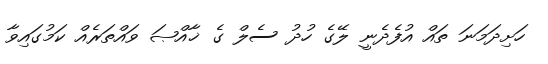
ހަށިދަމަނަ ތައް އުފެދެނީ ލޭގެ ހުދު ސެލް ގެ ޚާއްޞަ ވައްތަރެއް ކަމުގައިވާ